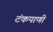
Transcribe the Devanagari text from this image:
टंकपाणी